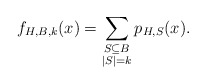
\begin{align*}f_{H,B,k}(x) = \sum_{\substack{S\subseteq B\\|S|=k}}p_{H,S}(x).\end{align*}